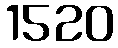
1520